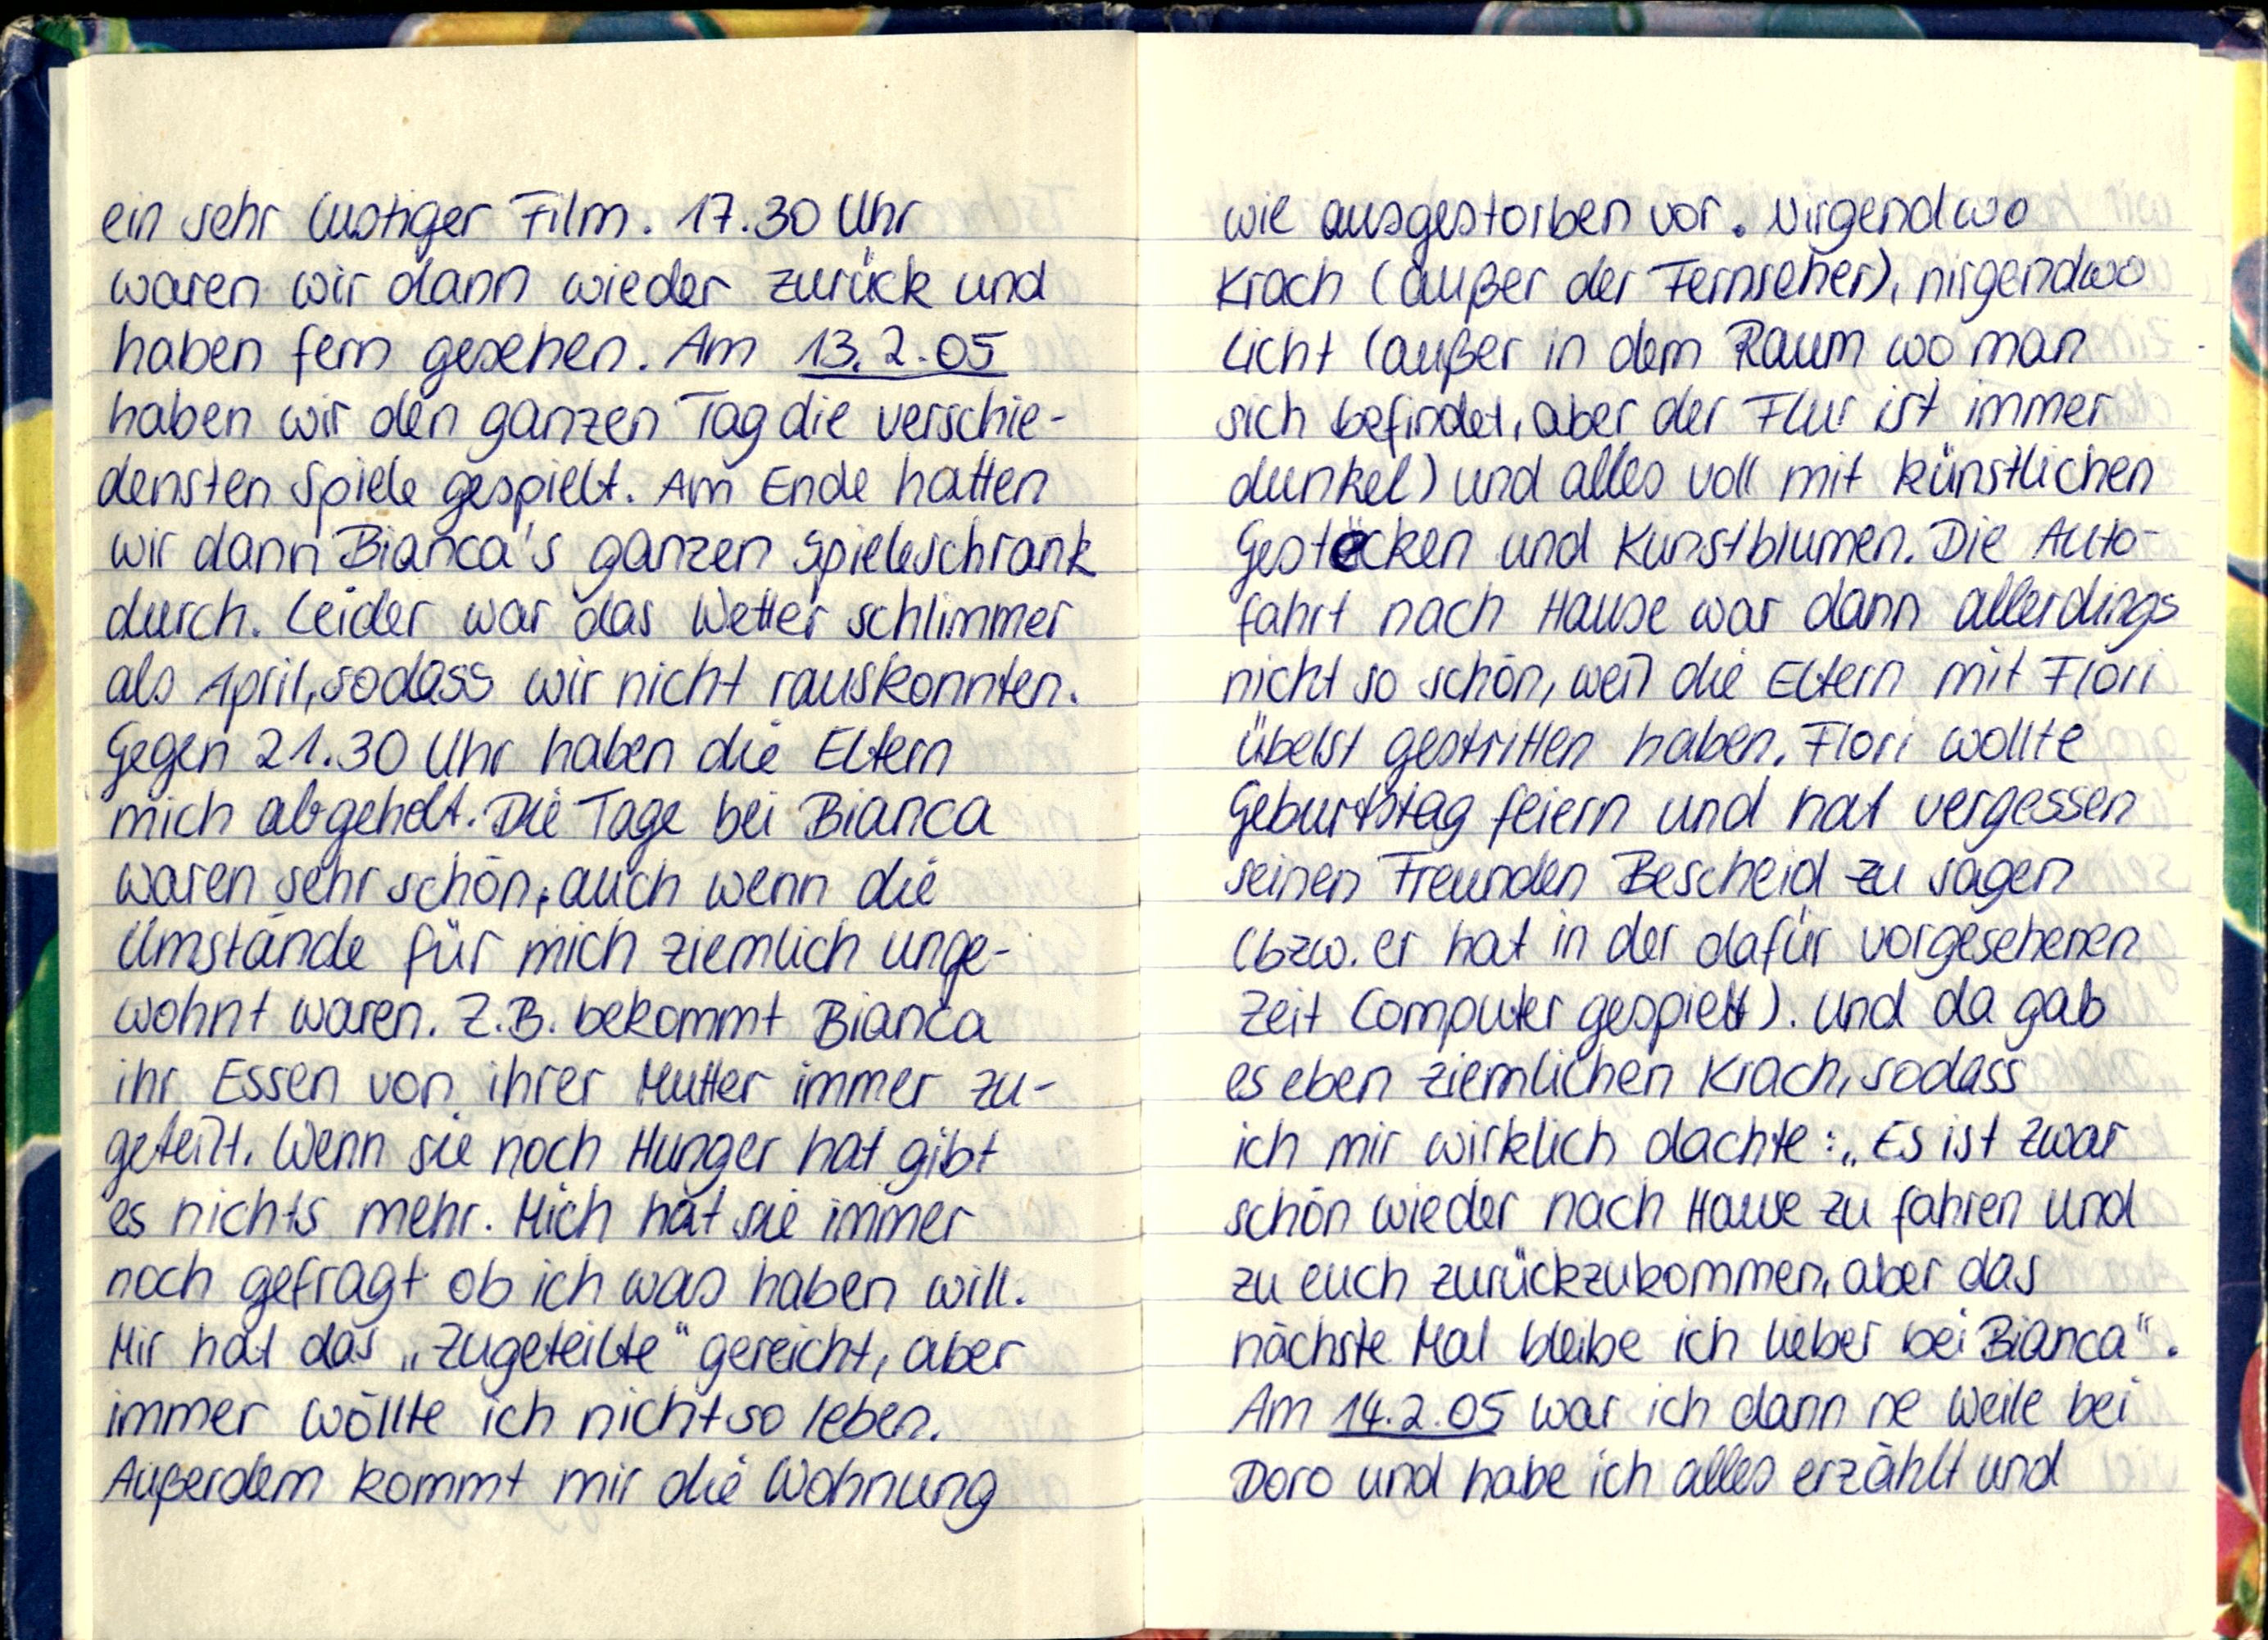
ein sehr lustiger Film. 17.30 Uhr
waren wir dann wieder zurück und
haben fern gesehen. Am 13.2.05
haben wir den ganzen Tag die verschie-
densten Spiele gespielt. Am Ende hatten
wir dann Bianca's ganzen Spieleschrank
durch. Leider war das Wetter schlimmer
als April, sodass wir nicht rauskonnten.
Gegen 21.30 Uhr haben die Eltern
mich abgeholt. Die Tage bei Bianca
waren sehr schön, auch wenn die
Umstände für mich ziemlich unge-
wohnt waren. Z.B. bekommt Bianca
ihr Essen von ihrer Mutter immer zu-
geteilt. Wenn sie noch Hunger hat gibt
es nichts mehr. Mich hat sie immer
noch gefragt ob ich was haben will.
Mir hat das „Zugeteilte" gereicht, aber
immer wöllte ich nicht so leben.
Außerdem kommt mir die Wohnung

wie ausgestorben vor. Nirgendwo
Krach (außer der Fernseher), nirgendwo
Licht (außer in dem Raum wo man
sich befindet, aber der Flur ist immer
dunkel) und alles voll mit künstlichen
Gestecken und Kunstblumen. Die Auto-
fahrt nach Hause war dann allerdings
nicht so schön, weil die Eltern mit Flori
übelst gestritten habren. Flori wollte
Geburtstag feiern und hat vergessen
seinen Freunden Bescheid zu sagen
(bzw. er hat in der dafür vorgesehenen
Zeit Computer gespielt). Und da gab
es eben ziemlichen Krach, sodass
ich mir wirklich dachte: „Es ist zwar
schön wieder nach Hause zu fahren und
zu euch zurückzukommen, aber das
nächste Mal bleibe ich lieber bei Bianca".
Am 14.2.05 war ich dann ne Weile bei
Doro und habe ich alles erzählt und